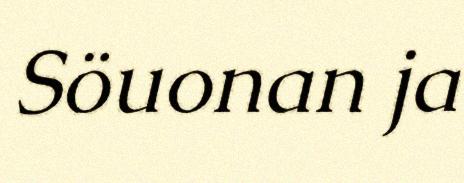
Söuonan ja